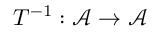
T ^ { - 1 } : { \mathcal { A } } \to { \mathcal { A } }